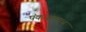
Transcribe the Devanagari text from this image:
पंकजालाच